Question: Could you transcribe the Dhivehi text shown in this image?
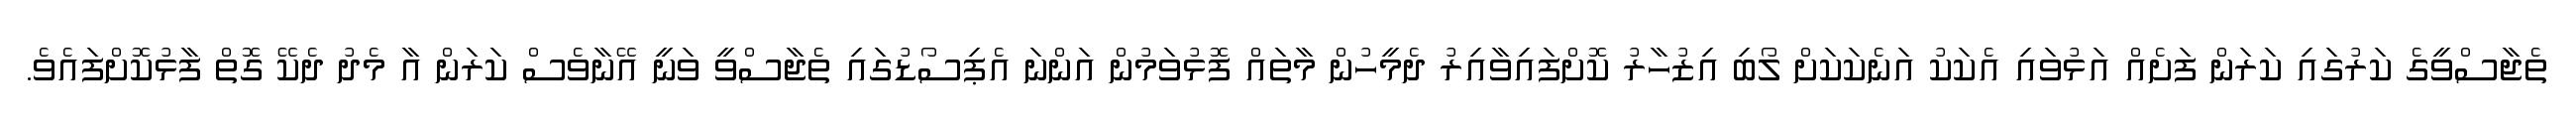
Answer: ތެޖާސްވީގެ ކަރުގައި ކަރަން ފަށެއް އަޅުވައި އެކަކު އަނެކަކަށް ލޯބި އިޒުހާރު ކޮށްފައިވާއިރު ދެމީހުން މާތައް ފޮޅުވަމުން އަންނަ އެޕިސޯޑުގައި ތެޖާސްވީ ވަނީ އޭނާވެސް ކަރަން އާ މެދު ދެކޭ ގޮތް ފާޅުކޮށްފައެވެ.